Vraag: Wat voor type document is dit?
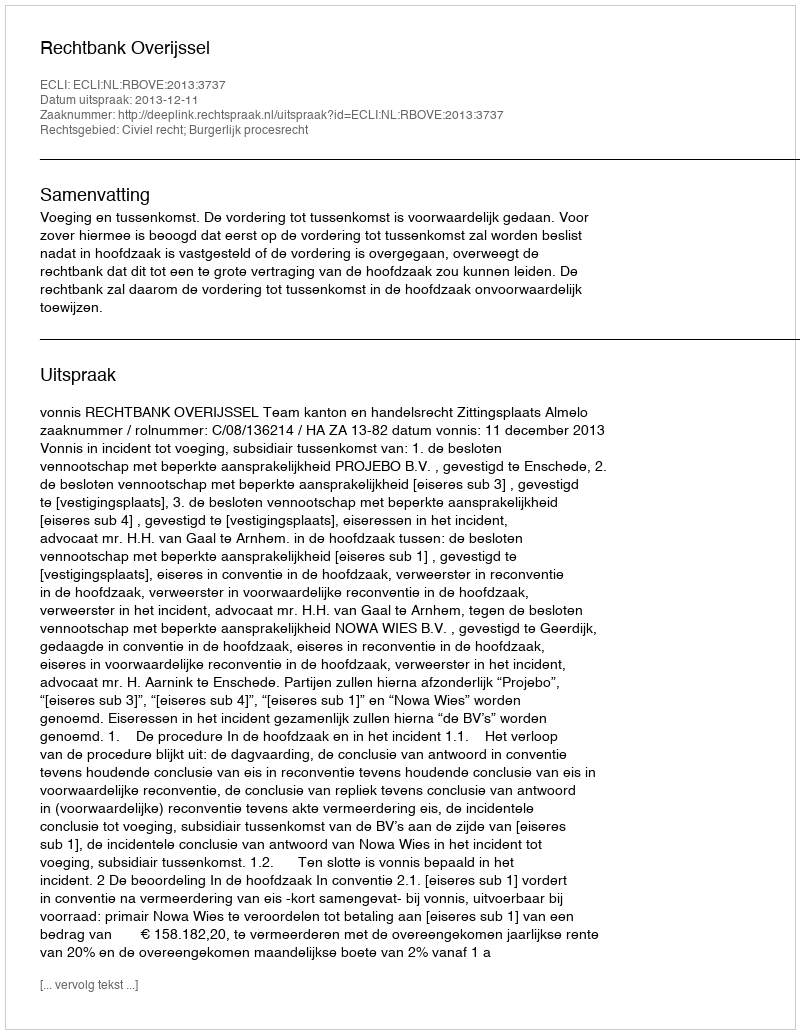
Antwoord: Uitspraak